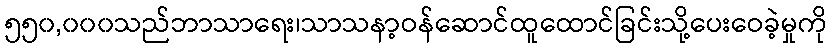
၅၅၀,၀၀၀သည်ဘာသာရေး၊သာသနာ့ဝန်ဆောင်ထူထောင်ခြင်းသို့ပေးဝေခဲ့မှုကို